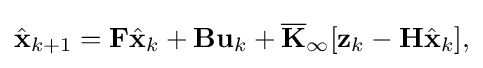
{\displaystyle {\hat {\mathbf {x} }}_{k+1}=\mathbf {F} {\hat {\mathbf {x} }}_{k}+\mathbf {B} \mathbf {u} _{k}+\mathbf {\overline {K}} _{\infty }[\mathbf {z} _{k}-\mathbf {H} {\hat {\mathbf {x} }}_{k}],}